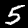
Label: 5